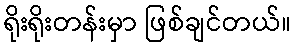
ရိုးရိုးတန်းမှာ ဖြစ်ချင်တယ်။